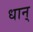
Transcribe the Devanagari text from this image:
धान्